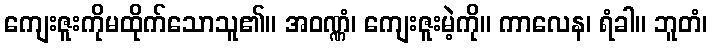
ကျေးဇူးကိုမထိုက်သောသူ၏။ အဝဏ္ဏံ၊ ကျေးဇူးမဲ့ကို။ ကာလေန၊ ရံခါ။ ဘူတံ၊